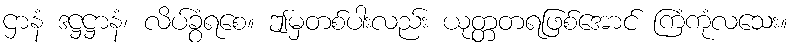
ဌာနံ ဒဋ္ဌဋ္ဌာနံ၊ လိပ်ခွံရစေ။ ဤမှတစ်ပါးလည်း ယုတ္တတရဖြစ်အောင် ကြံကုံလသေး။